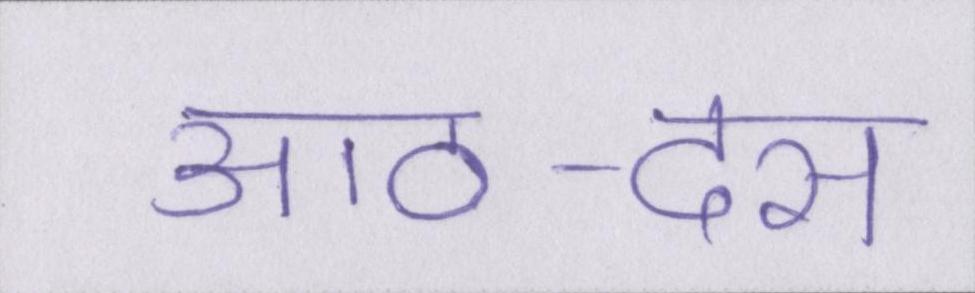
आठ-दस